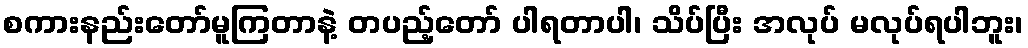
စကားနည်းတော်မူကြတာနဲ့ တပည့်တော် ပါရတာပါ၊ သိပ်ပြီး အလုပ် မလုပ်ရပါဘူး၊